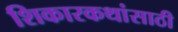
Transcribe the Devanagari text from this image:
शिकारकथांसाठी